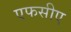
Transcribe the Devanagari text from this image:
एफसीए